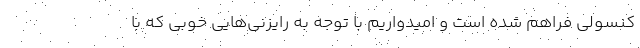
کنسولی فراهم شده است و امیدواریم با توجه به رایزنی‌هایی خوبی که با